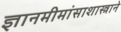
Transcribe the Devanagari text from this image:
ज्ञानमीमांसाशास्त्राने